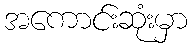
အကောင်းဆုံးမှာ